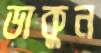
ডাকুন